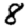
Digit: 8